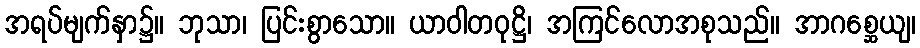
အရပ်မျက်နှာ၌။ ဘုသာ၊ ပြင်းစွာသော။ ယာဝါတဝုဋ္ဌိ၊ အကြင်လောအစုသည်။ အာဂစ္ဆေယျ၊